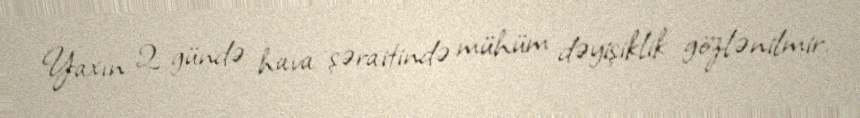
Yaxın 2 gündə hava şəraitində mühüm dəyişiklik gözlənilmir.